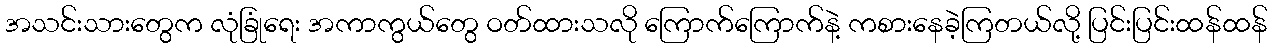
အသင်းသားတွေက လုံခြုံရေး အကာကွယ်တွေ ဝတ်ထားသလို ကြောက်ကြောက်နဲ့ ကစားနေခဲ့ကြတယ်လို့ ပြင်းပြင်းထန်ထန်